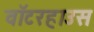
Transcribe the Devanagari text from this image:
वॉटरहाउस